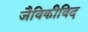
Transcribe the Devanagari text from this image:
जैविकीविद